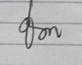
Signature authenticity: genuine